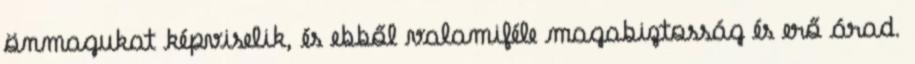
önmagukat képviselik, és ebből valamiféle magabiztosság és erő árad.